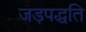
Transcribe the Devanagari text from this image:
जड़पद्धति